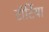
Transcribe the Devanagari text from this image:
टॉर्टिया